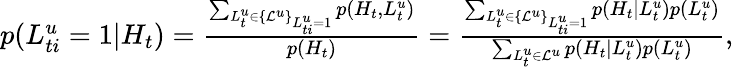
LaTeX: \begin{array}{r}{p(L_{ti}^{u}=1|H_{t})=\frac{\sum_{L_{t}^{u}\in\{ \mathcal{L}^{u}\} _{L_{ti}^{u}=1}}p(H_{t},L_{t}^{u})}{p(H_{t})}=\frac{\sum_{L_{t}^{u}\in\{ \mathcal{L}^{u}\} _{L_{ti}^{u}=1}}p(H_{t}|L_{t}^{u})p(L_{t}^{u})}{\sum_{L_{t}^{u}\in\mathcal{L}^{u}}p(H_{t}|L_{t}^{u})p(L_{t}^{u})},}\end{array}